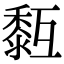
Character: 𪏳